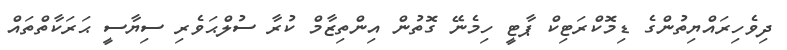
ދިވެހިރައްޔިތުންގެ ޑިމޮކްރަޓިކް ޕާޓީ ހިމެނޭ ގޮތުން އިންތިޒާމް ކުރާ ސުލްޙަވެރި ސިޔާސީ ޙަރަކާތްތައް